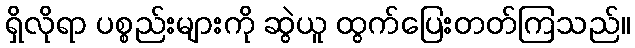
ရှိလိုရာ ပစ္စည်းများကို ဆွဲယူ ထွက်ပြေးတတ်ကြသည်။